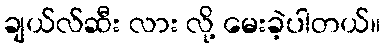
ချယ်လ်ဆီး လား လို့ မေးခဲ့ပါတယ်။